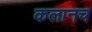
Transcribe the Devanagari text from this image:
कलानच